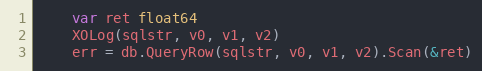
Language: Go
	var ret float64
	XOLog(sqlstr, v0, v1, v2)
	err = db.QueryRow(sqlstr, v0, v1, v2).Scan(&ret)